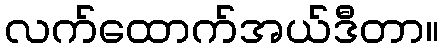
လက်ထောက်အယ်ဒီတာ။